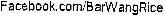
FACEBOOK.COM/BARWANGRICE